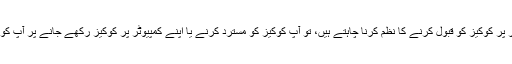
اگر آپ کوکیز موصول کرنا نہیں چاہتے ہیں یا عمومی طور پر کوکیز کو قبول کرنے کا نظم کرنا چاہتے ہیں، تو آپ کوکیز کو مسترد کرنے یا اپنے کمپیوٹر پر کوکیز رکھے جانے پر آپ کو متنبہ کرنے کے لیے اپنے براؤزر کو سیٹ کرسکتے ہیں۔